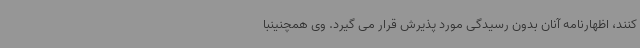
کنند، اظهارنامه آنان بدون رسیدگی مورد پذیرش قرار می گیرد. وی همچنینبا